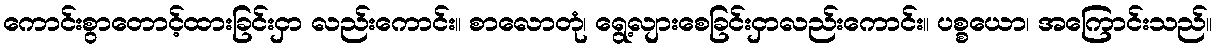
ကောင်းစွာတောင့်ထားခြင်းငှာ လည်းကောင်း။ စာလောတုံ၊ ရွေ့လျားစေခြင်းငှာလည်းကောင်း။ ပစ္စယော၊ အကြောင်းသည်။